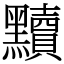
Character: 黷